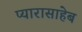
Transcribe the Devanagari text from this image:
प्यारासाहेब